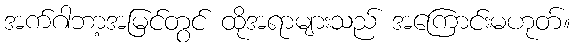
အက်ဂါဘာ့အမြင်တွင် ထိုအရာများသည် အကြောင်းမဟုတ်။